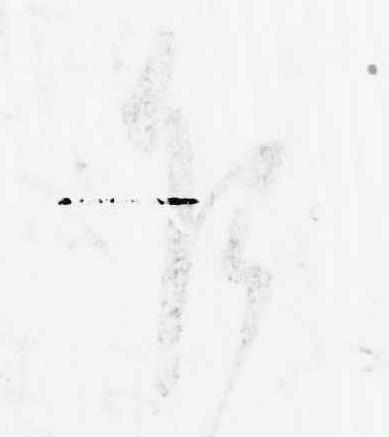
乍